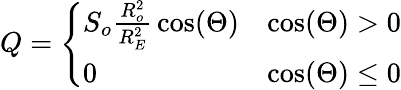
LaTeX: Q={\left\{ \begin{array}{ll}{S_{o}{\frac{R_{o}^{2}}{R_{E}^{2}}}\cos(\Theta)}&{\cos(\Theta)>0}\\ {0}&{\cos(\Theta)\leq 0}\end{array}\right.}